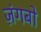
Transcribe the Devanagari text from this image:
ज़ंगबो